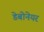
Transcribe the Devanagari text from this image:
डेबोनेयर